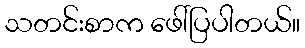
သတင်းစာက ဖေါ်ပြပါတယ်။